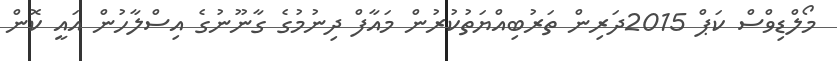
މޯލްޑިވްސް ކަޕް 2015ދަރިން ތަރުބިއްޔަތުކުރުން މައާފް ދިނުމުގެ ގާނޫނުގެ އިސްލާހުން އައީ ކޮން